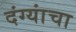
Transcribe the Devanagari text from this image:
दंग्यांचा